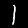
Label: 1